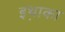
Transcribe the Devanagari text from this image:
इथ़ाका